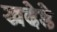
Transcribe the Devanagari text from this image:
खदेडे